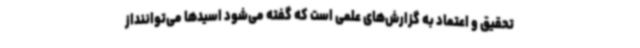
تحقیق و اعتماد به گزارش‌های علمی است که گفته می‌شود اسیدها می‌تواننداز